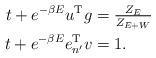
LaTeX: \begin{align*}t+e^{-\beta E}u^{\rm T}g&=\tfrac{Z_E}{Z_{E+W}}\quad\\t+e^{-\beta E}e_{n'}^{\rm T}v&=1.\end{align*}